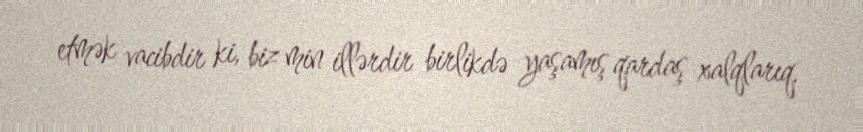
etmək vacibdir ki, biz min illərdir birlikdə yaşamış qardaş xalqlarıq.